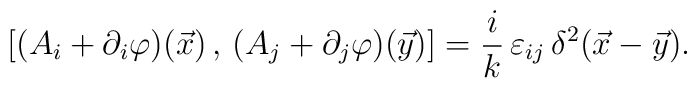
[(A_{i}+\partial_i \varphi)(\vec x)\, ,\, (A_{j}+\partial_j \varphi)(\vec y)]= \frac ik \,\varepsilon_{ij}\,\delta^{2}(\vec x - \vec y).